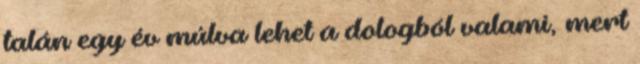
talán egy év múlva lehet a dologból valami, mert